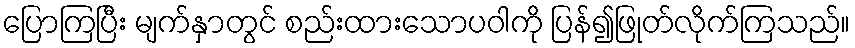
ပြောကြပြီး မျက်နှာတွင် စည်းထားသောပဝါကို ပြန်၍ဖြုတ်လိုက်ကြသည်။